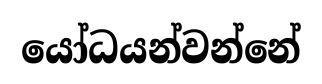
යෝධයන්වන්නේ